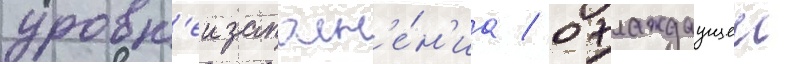
уровн'еи заполн'е́н'иа / охлаждаущеи